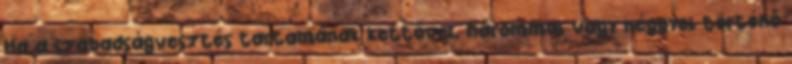
Ha a szabadságvesztés tartamának kettővel, hárommal vagy néggyel történő